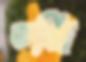
তর্জি